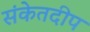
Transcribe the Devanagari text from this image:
संकेतदीप